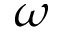
\omega